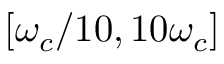
[ \omega _ { c } / 1 0 , 1 0 \omega _ { c } ]